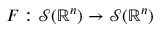
F : { \mathcal { S } } ( \mathbb { R } ^ { n } ) \to { \mathcal { S } } ( \mathbb { R } ^ { n } )